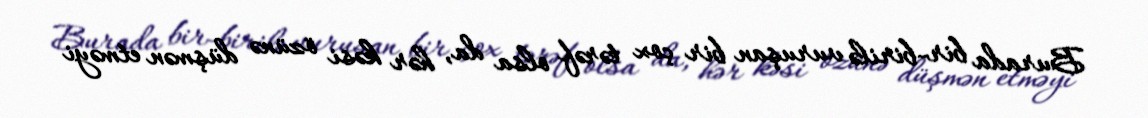
Burada bir-birilə vuruşan bir çox tərəf olsa da, hər kəsi özünə düşmən etməyi